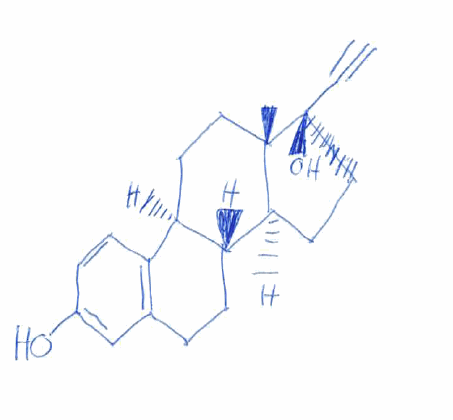
Simplified molecular-input line-entry system (SMILES) notation of the given molecule:
C[C@]12CC[C@H]3[C@H]([C@@H]1CC[C@]2(C#C)O)CCC4=C3C=CC(=C4)O